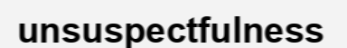
unsuspectfulness